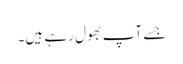
جسے آپ بھول رہے ہیں۔